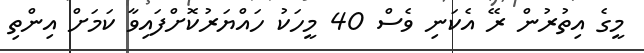
މީގެ އިތުރުން ރޭ އެކަނި ވެސް 40 މީހަކު ހައްޔަރުކޮށްފައިވާ ކަމަށް އިންތި